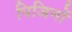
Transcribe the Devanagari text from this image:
पिजिनों